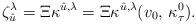
LaTeX: \begin{align*}\zeta_{\hat u}^\lambda=\Xi\kappa^{\hat u,\lambda}=\Xi\kappa^{\hat u,\lambda}(v_0,\,\kappa^0_\tau).\end{align*}